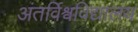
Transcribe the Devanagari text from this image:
अंतर्विश्वविद्यालय